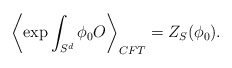
\begin{align*}\left\langle \exp\int_{S^d}\phi_0 O\right\rangle_{CFT}=Z_S(\phi_0).\end{align*}